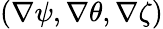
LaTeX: \left(\nabla\psi,\nabla\theta,\nabla\zeta\right)